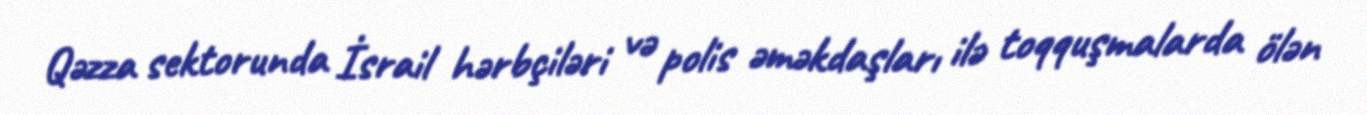
Qəzza sektorunda İsrail hərbçiləri və polis əməkdaşları ilə toqquşmalarda ölən